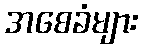
အစေခံများ